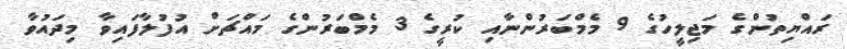
ރައްޔިތުންގެ މަޖިލީހުގެ 9 މެމްބަރުންނާއި ކުރީގެ 3 މެމްބަރުންގެ މައްޗަށް އުފުލާފައިވާ މިދައުވާ